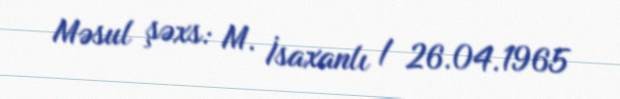
Məsul şəxs: M. İsaxanlı / 26.04.1965